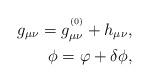
LaTeX: \begin{align*}g_{\mu\nu} = g^{^{\rm (0)}}_{\mu\nu} + h_{\mu\nu}, \\ \ \phi = \varphi +\delta \phi ,\end{align*}